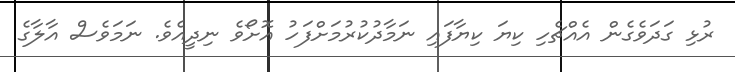
ރުޅި ގަދަވެގެން އެއްޗެހި ކިޔަ ކިޔާފައި ނަމާދުކުރުމަށްފަހު އޮށޯވެ ނިދީއެވެ. ނަމަވެސް އާލާގެ